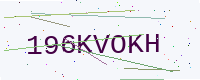
Text: 196KVOKH